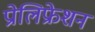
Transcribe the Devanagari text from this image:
प्रोलिफ्रेशन